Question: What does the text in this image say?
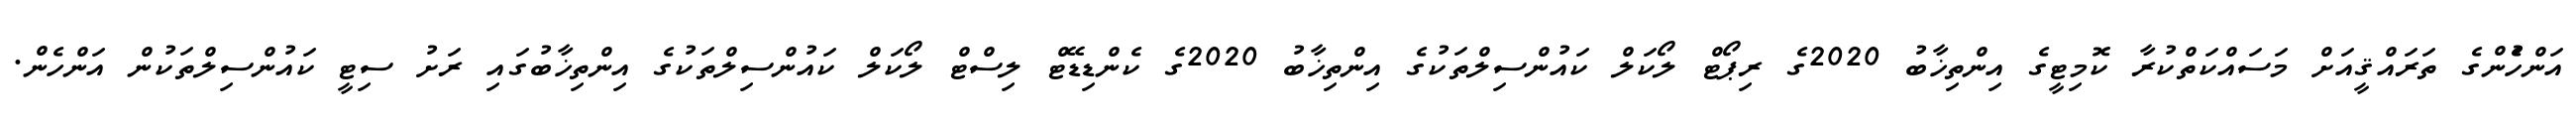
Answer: އަންހެުންގެ ތަރައްޤީއަށް މަސައްކަތްކުރާ ކޮމިޓީގެ އިންތިޚާބު 2020ގެ ރިޕޯޓް ލޯކަލް ކައުންސިލްތަކުގެ އިންތިޚާބު 2020ގެ ކެންޑިޑޭޓް ލިސްޓް ލޯކަލް ކައުންސިލްތަކުގެ އިންތިޚާބުގައި ރަށު ސިޓީ ކައުންސިލްތަކުން އަންހެން.